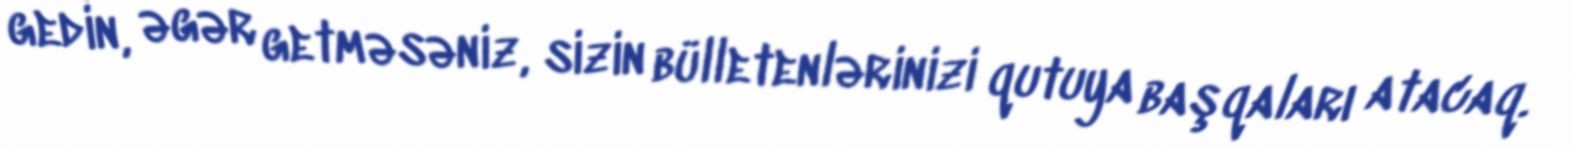
gedin, əgər getməsəniz, sizin bülletenlərinizi qutuya başqaları atacaq.